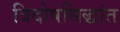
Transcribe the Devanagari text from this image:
त्रिदोषसिद्धांत